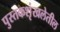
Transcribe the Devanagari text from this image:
पुस्तकशृंखलेतील